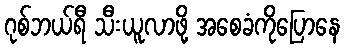
ဂုစ်ဘယ်ရီ သီးယူလာဖို့ အစေခံကိုပြောနေ